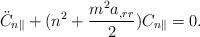
LaTeX: \begin{align*}\ddot{C}_{n\parallel}+(n^2+\frac{m^2 a_{,rr}}{2})C_{n\parallel}=0.\end{align*}